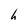
Character: h